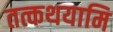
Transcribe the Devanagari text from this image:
तत्कथयामि